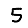
Digit: 5